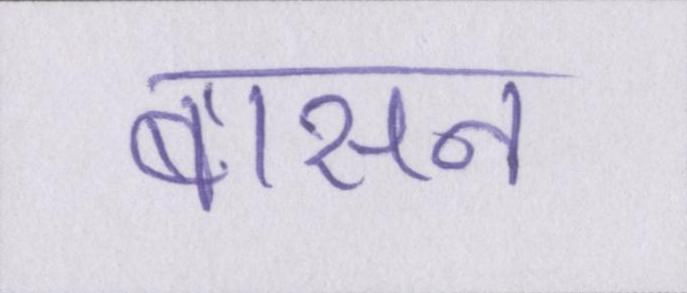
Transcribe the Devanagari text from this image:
बासन